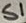
Text: S1